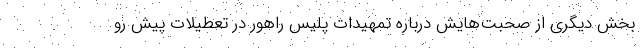
بخش دیگری از صحبت‌هایش درباره تمهیدات پلیس راهور در تعطیلات پیش رو